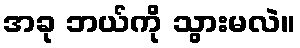
အခု ဘယ်ကို သွားမလဲ။